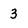
Character: 3